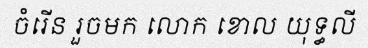
ចំរើន រួចមក លោក ខោល យុទ្ធលី